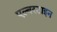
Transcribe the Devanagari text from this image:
एल्बरटाइन